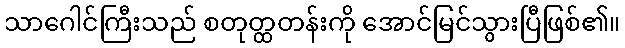
သာဂေါင်ကြီးသည် စတုတ္ထတန်းကို အောင်မြင်သွားပြီဖြစ်၏။